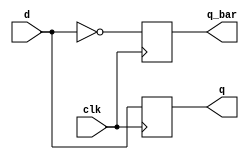
module neg_edge_d_ff (
    input wire clk,
    input wire d,
    output reg q,
    output reg q_bar
);

always @(negedge clk) begin
    q <= d;
    q_bar <= ~d;
end

endmodule